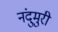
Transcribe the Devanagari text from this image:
नंदुमुरी